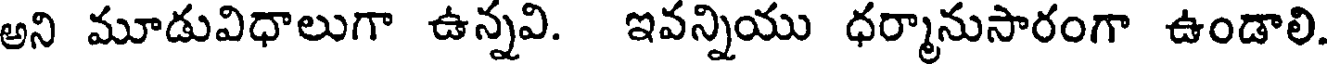
అని మూడువిధాలుగా ఉన్నవి. ఇవన్నియు ధర్మానుసారంగా ఉండాలి.